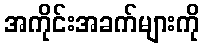
အကိုင်းအခက်များကို